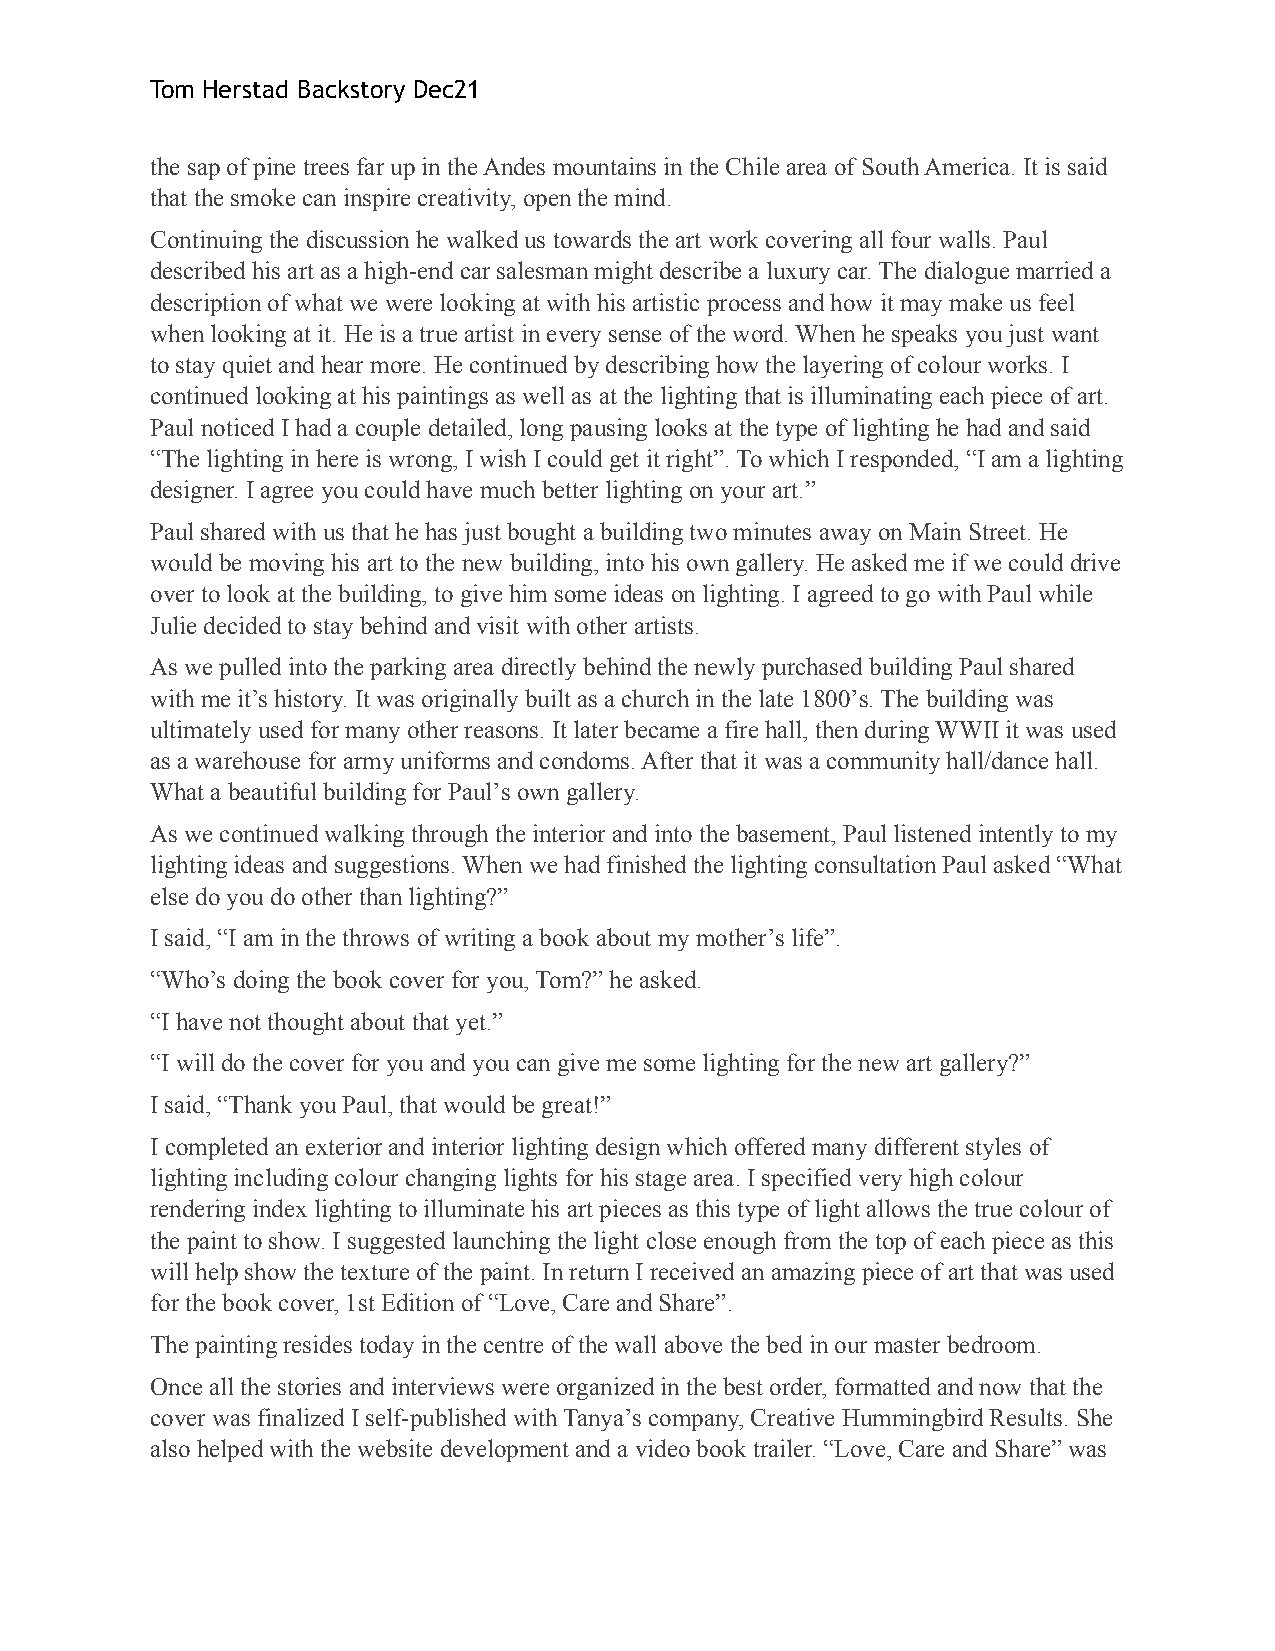
Tom Herstad Backstory Dec21
 the sap of pine trees far up in the Andes mountains in the Chile area of South America. It is said
 that the smoke can inspire creativity, open the mind.
 Continuing the discussion he walked us towards the art work covering all four walls. Paul
 described his art as a high-end car salesman might describe a luxury car. The dialogue married a
 description of what we were looking at with his artistic process and how it may make us feel
 when looking at it. He is a true artist in every sense of the word. When he speaks you just want
 to stay quiet and hear more. He continued by describing how the layering of colour works. I
 continued looking at his paintings as well as at the lighting that is illuminating each piece of art.
 Paul noticed I had a couple detailed, long pausing looks at the type of lighting he had and said
 “The lighting in here is wrong, I wish I could get it right”. To which I responded, “I am a lighting
 designer. I agree you could have much better lighting on your art.”
 Paul shared with us that he has just bought a building two minutes away on Main Street. He
 would be moving his art to the new building, into his own gallery. He asked me if we could drive
 over to look at the building, to give him some ideas on lighting. I agreed to go with Paul while
 Julie decided to stay behind and visit with other artists.
 As we pulled into the parking area directly behind the newly purchased building Paul shared
 with me it’s history. It was originally built as a church in the late 1800ʼs. The building was
 ultimately used for many other reasons. It later became a fire hall, then during WWII it was used
 as a warehouse for army uniforms and condoms. After that it was a community hall/dance hall.
 What a beautiful building for Paulʼs own gallery.
 As we continued walking through the interior and into the basement, Paul listened intently to my
 lighting ideas and suggestions. When we had finished the lighting consultation Paul asked “What
 else do you do other than lighting?”
 I said, “I am in the throws of writing a book about my motherʼs life”.
 “Who’s doing the book cover for you, Tom?” he asked.
 “I have not thought about that yet.”
 “I will do the cover for you and you can give me some lighting for the new art gallery?”
 I said, “Thank you Paul, that would be great!”
 I completed an exterior and interior lighting design which offered many different styles of
 lighting including colour changing lights for his stage area. I specified very high colour
 rendering index lighting to illuminate his art pieces as this type of light allows the true colour of
 the paint to show. I suggested launching the light close enough from the top of each piece as this
 will help show the texture of the paint. In return I received an amazing piece of art that was used
 for the book cover, 1st Edition of “Love, Care and Share”.
 The painting resides today in the centre of the wall above the bed in our master bedroom.
 Once all the stories and interviews were organized in the best order, formatted and now that the
 cover was finalized I self-published with Tanyaʼs company, Creative Hummingbird Results. She
 also helped with the website development and a video book trailer. “Love, Care and Share” was